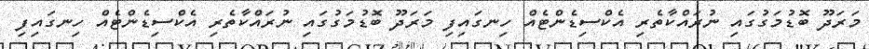
މަރަދޫ ބޮޑުމަގުގައި ނުރައްކާތެރި އެކްސިޑެންޓެއް ހިނގައިފި މަރަދޫ ބޮޑުމަގުގައި ނުރައްކާތެރި އެކްސިޑެންޓެއް ހިނގައިފި